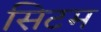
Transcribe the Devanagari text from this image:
सिटम